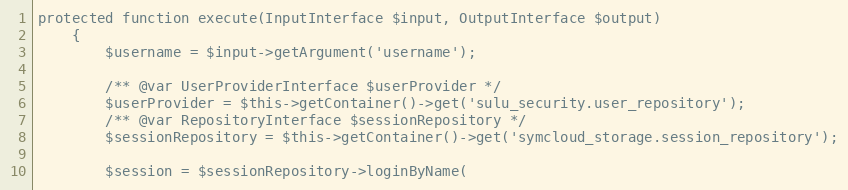
Language: PHP
protected function execute(InputInterface $input, OutputInterface $output)
    {
        $username = $input->getArgument('username');

        /** @var UserProviderInterface $userProvider */
        $userProvider = $this->getContainer()->get('sulu_security.user_repository');
        /** @var RepositoryInterface $sessionRepository */
        $sessionRepository = $this->getContainer()->get('symcloud_storage.session_repository');

        $session = $sessionRepository->loginByName(